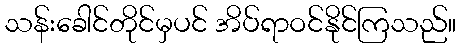
သန်းခေါင်တိုင်မှပင် အိပ်ရာဝင်နိုင်ကြသည်။